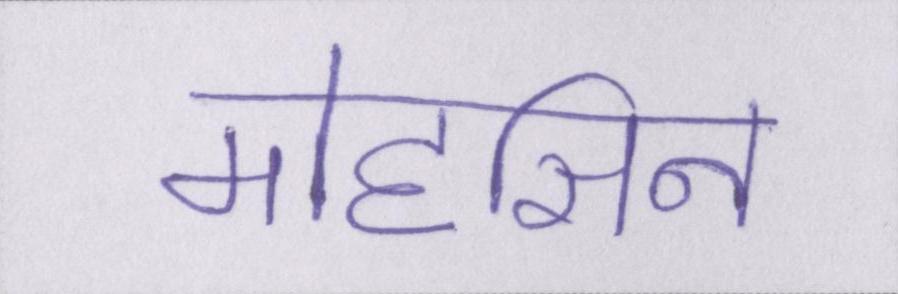
मोहसिन